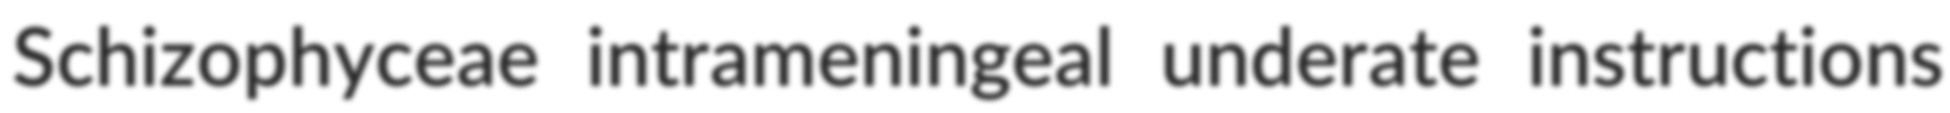
Schizophyceae intrameningeal underate instructions